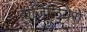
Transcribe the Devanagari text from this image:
ब्राजिलियेरो